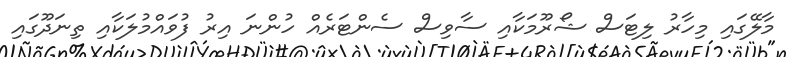
މާލޭގައި މިހާރު ލިޓަސް ޝޯރޫމަކާއި ސާވިސް ސެންޓަރެއް ހުންނަ އިރު ފުވައްމުލަކާއި ތިނަދޫގައި